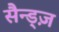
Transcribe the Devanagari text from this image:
सैन्ड्ज़